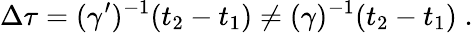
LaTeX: \Delta\tau=(\gamma^{\prime})^{-1}(t_{2}-t_{1})\neq(\gamma)^{-1}(t_{2}-t_{1})\; .